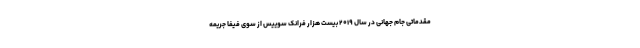
مقدماتی جام جهانی در سال ۲۰۱۹ بیست هزار فرانک سوییس از سوی فیفا جریمه